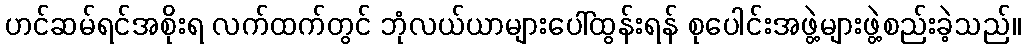
ဟင်ဆမ်ရင်အစိုးရ လက်ထက်တွင် ဘုံလယ်ယာများပေါ်ထွန်းရန် စုပေါင်းအဖွဲ့များဖွဲ့စည်းခဲ့သည်။